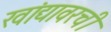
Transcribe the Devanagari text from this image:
खांद्यावरची